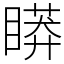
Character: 䁳